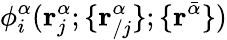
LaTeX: \phi_{i}^{\alpha}(\mathbf{r}_{j}^{\alpha};\{ \mathbf{r}_{/j}^{\alpha}\} ;\{ \mathbf{r}^{\bar{\alpha}}\} )